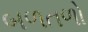
બળતળો